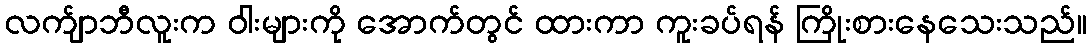
လက်ျာဘီလူးက ဝါးများကို အောက်တွင် ထားကာ ကူးခပ်ရန် ကြိုးစားနေသေးသည်။